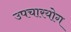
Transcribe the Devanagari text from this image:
उपचारयोग